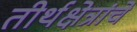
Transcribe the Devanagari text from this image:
तीर्थक्षेत्रांचे